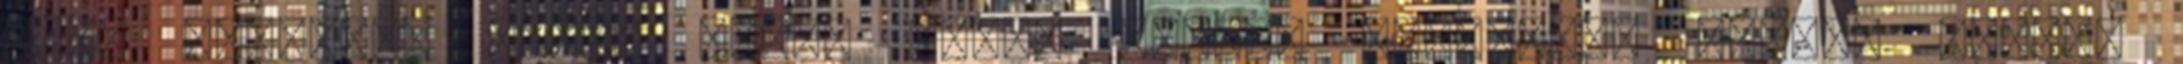
maga dolgait, ahogy rajta kívül senki. Megcáfol, felrúg minden